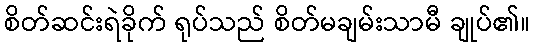
စိတ်ဆင်းရဲခိုက် ရုပ်သည် စိတ်မချမ်းသာမီ ချုပ်၏။